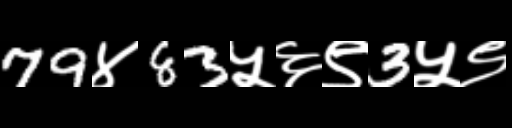
Text: 79४83५६९3५९